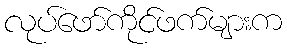
လုပ်ဖော်ကိုင်ဖက်များက